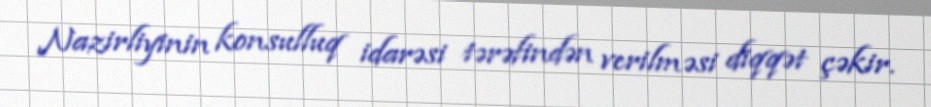
Nazirliyinin konsulluq idarəsi tərəfindən verilməsi diqqət çəkir.